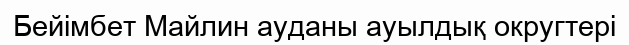
Бейімбет Майлин ауданы ауылдық округтері